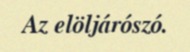
Az elöljárószó.